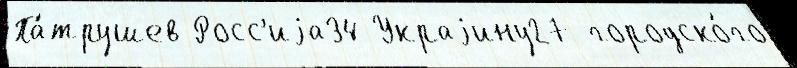
Па́трушев Росс'иjа34 Украjину27 городско́го